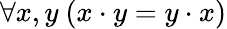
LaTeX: \forall x,y\ (x\cdot y=y\cdot x)